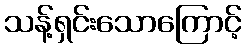
သန့်ရှင်းသောကြောင့်